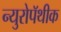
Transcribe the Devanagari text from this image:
न्युरोपॅथीक